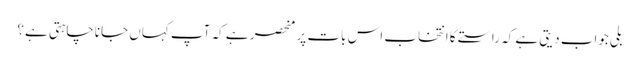
بلی جواب دیتی ہے کہ راستے کا انتخاب اس بات پر منحصر ہے کہ آپ کہاں جاناچاہتی ہے؟